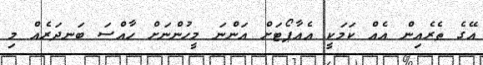
އޭގެ ތެރެއިން އެއް ކަމަކީ އެއާޕޯޓަށް އަންނަ މީހުންނަށް ހާއްސަ ބަނދަރެއް މި